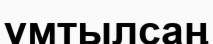
ұмтылсаң